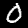
Digit: 0